Source: Handwritten
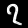
Digit: ၇ (7)